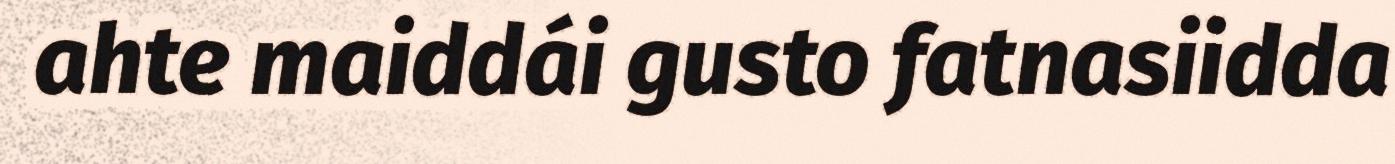
ahte maiddái gusto fatnasiidda